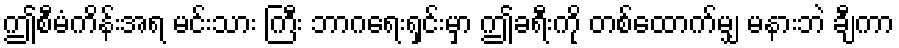
ဤစီမံကိန်းအရ မင်းသား ကြီး ဘာဂရေးရှင်းမှာ ဤခရီးကို တစ်ထောက်မျှ မနားဘဲ ချီကာ